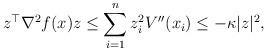
LaTeX: \begin{align*}z^\top\nabla^2f(x) z &\le \sum_{i=1}^n z_i^2V''(x_i) \le -\kappa |z|^2,\end{align*}